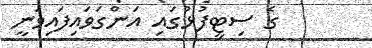
ގެ ސިޓީފުޅުގައި އަންގަވައިފައިވަނީ